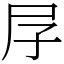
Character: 㞌